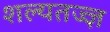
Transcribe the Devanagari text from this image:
शल्यतज्‍ज्ञ